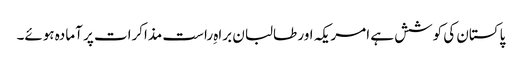
پاکستان کی کوشش ہے امریکہ اور طالبان براہِ راست مذاکرات پر آمادہ ہوئے۔